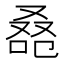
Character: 𠭚